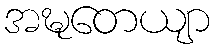
အဍ္ဎတေယျာ